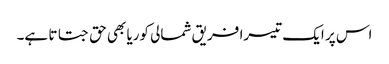
اس پر ایک تیسرا فریق شمالی کوریا بھی حق جتاتا ہے۔